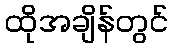
ထိုအချိန်တွင်